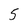
Character: 5